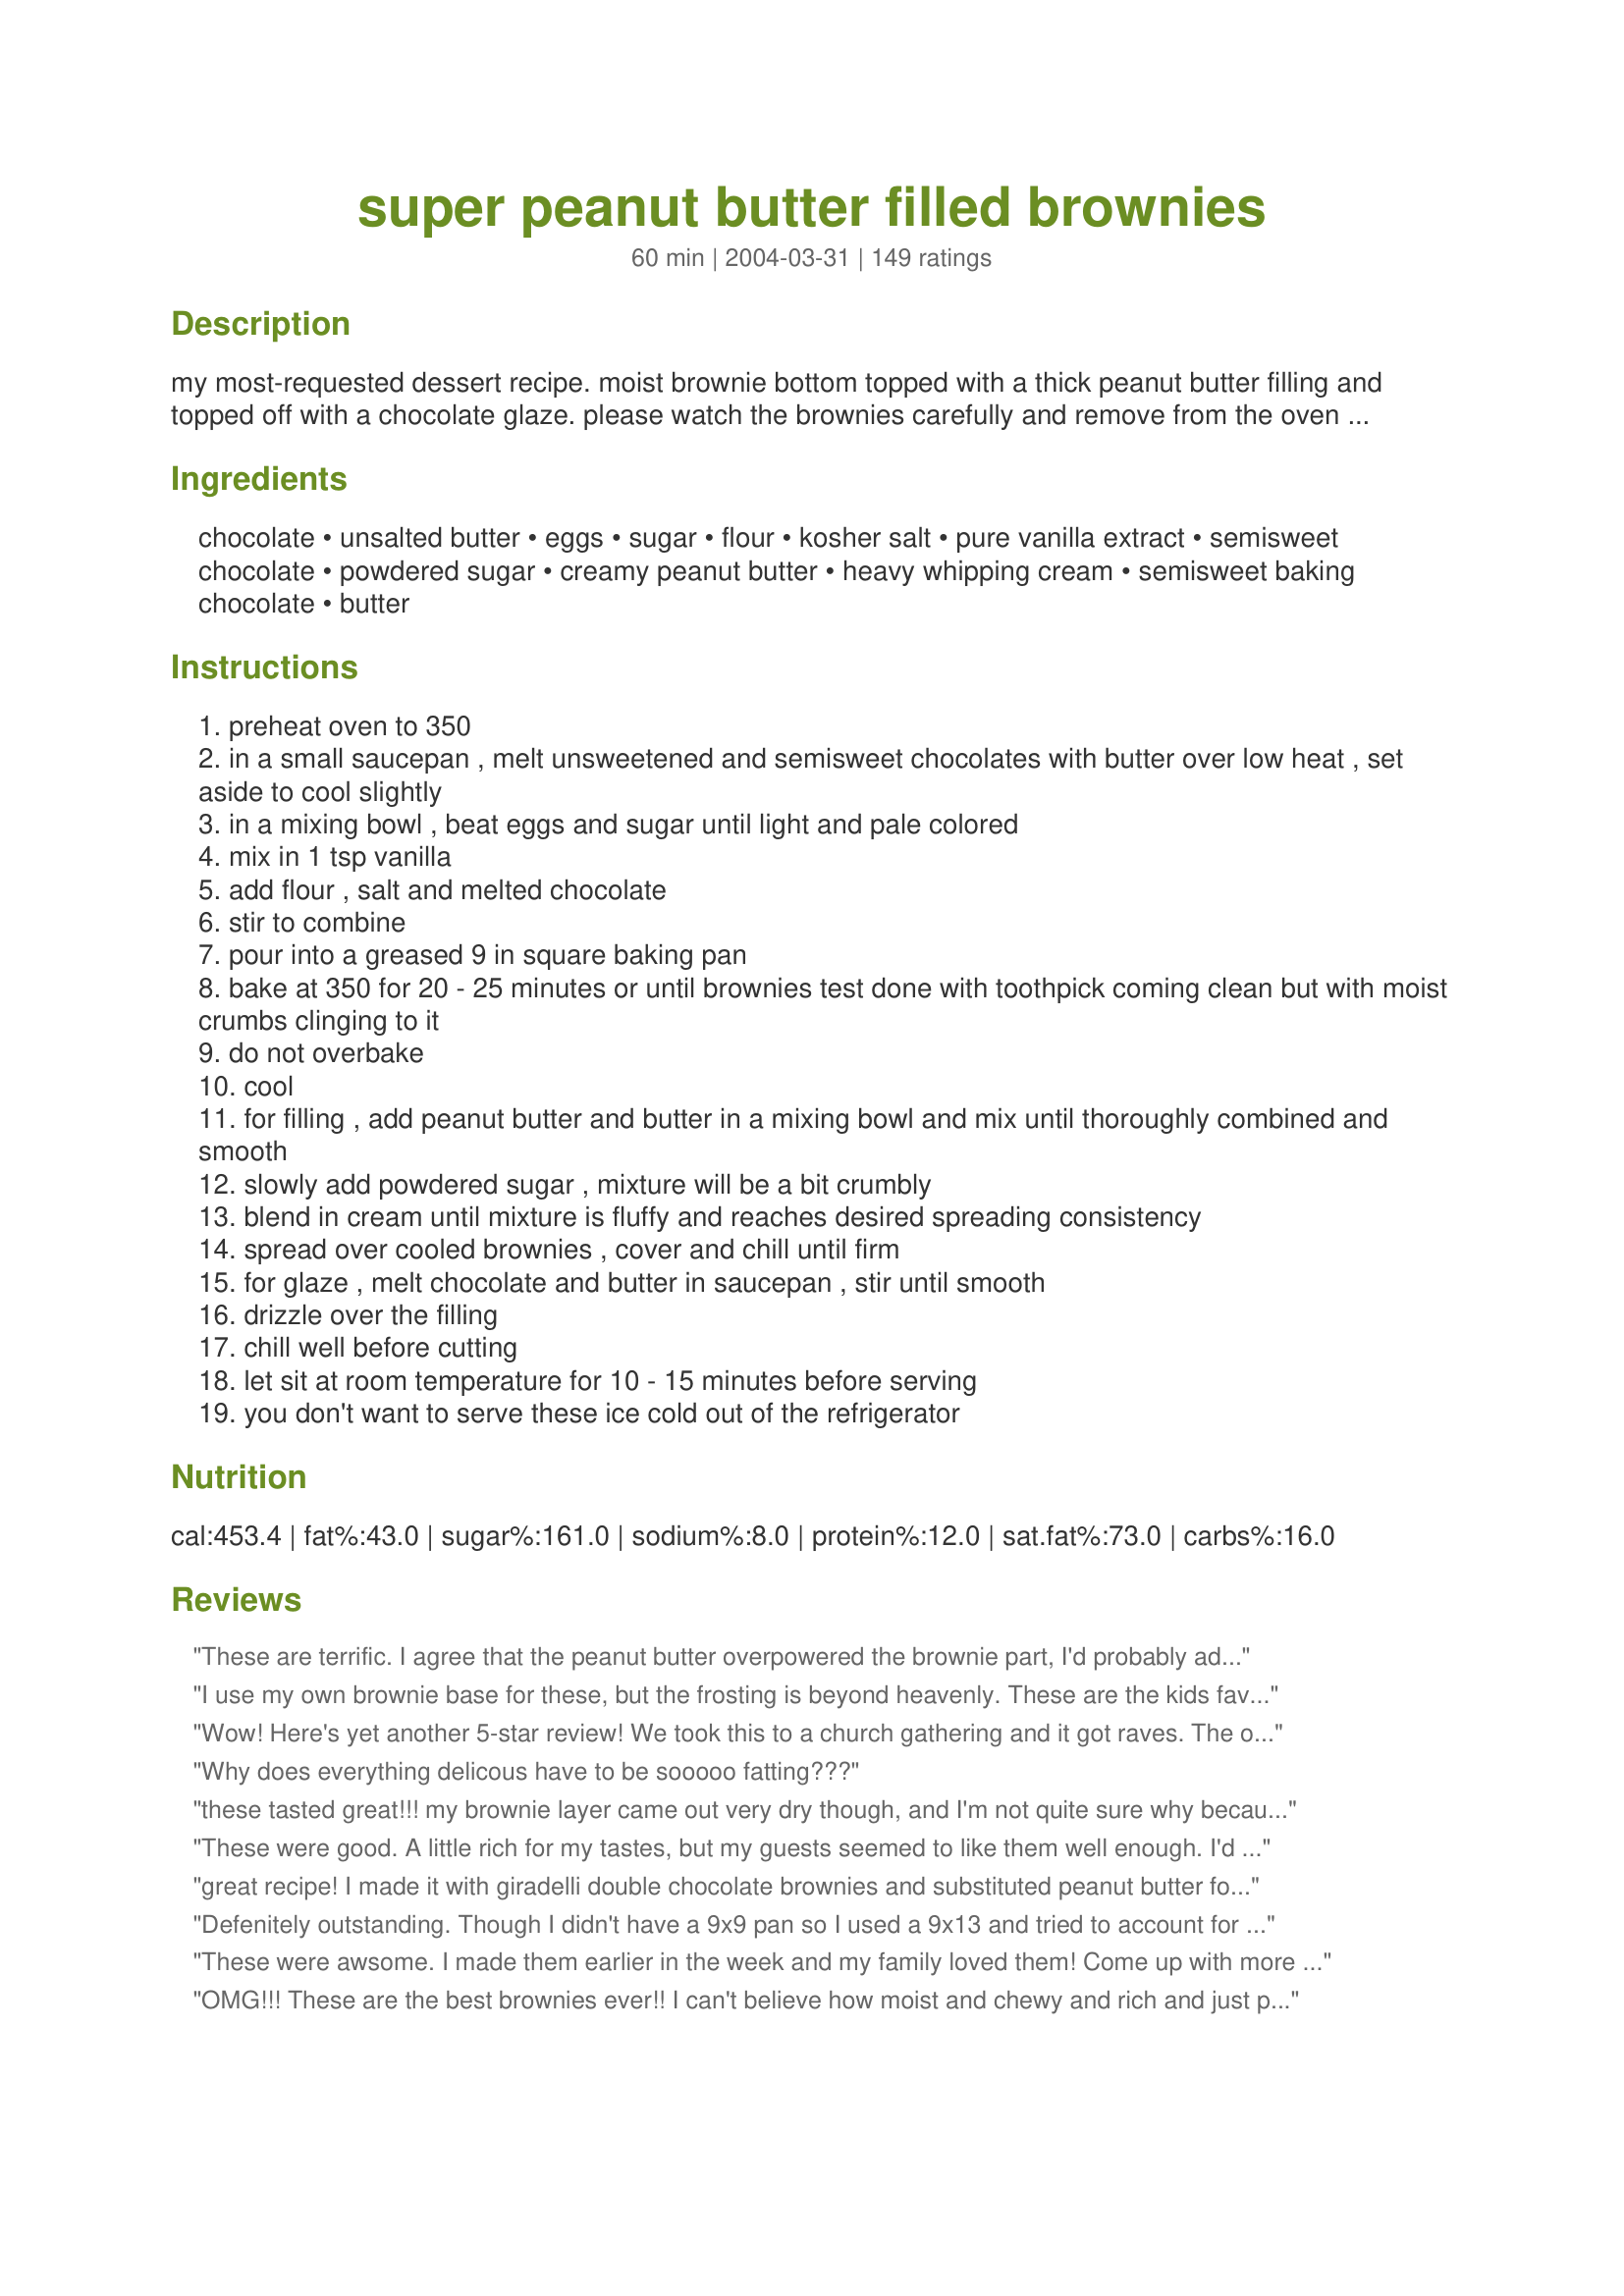
super peanut butter filled brownies
Preparation time: 60 minutes

my most-requested dessert recipe. moist brownie bottom topped with a thick peanut butter filling and topped off with a chocolate glaze. please watch the brownies carefully and remove from the oven when toothpick comes out with moist crumbs clinging to it. if your toothpick comes out completely clean then they are overbaked and you will end up with a "cake-like" brownie. glass pyrex baking pans have yielded the best results in my experience. note: this recipe doubles beautifully!

Ingredients:
chocolate, unsalted butter, eggs, sugar, flour, kosher salt, pure vanilla extract, semisweet chocolate, powdered sugar, creamy peanut butter, heavy whipping cream, semisweet baking chocolate, butter

Steps:
preheat oven to 350
in a small saucepan , melt unsweetened and semisweet chocolates with butter over low heat , set aside to cool slightly
in a mixing bowl , beat eggs and sugar until light and pale colored
mix in 1 tsp vanilla
add flour , salt and melted chocolate
stir to combine
pour into a greased 9 in square baking pan
bake at 350 for 20 - 25 minutes or until brownies test done with toothpick coming clean but with moist crumbs clinging to it
do not overbake
cool
for filling , add peanut butter and butter in a mixing bowl and mix until thoroughly combined and smooth
slowly add powdered sugar , mixture will be a bit crumbly
blend in cream until mixture is fluffy and reaches desired spreading consistency
spread over cooled brownies , cover and chill until firm
for glaze , melt chocolate and butter in saucepan , stir until smooth
drizzle over the filling
chill well before cutting
let sit at room temperature for 10 - 15 minutes before serving
you don't want to serve these ice cold out of the refrigerator

Reviews:
These are terrific. I agree that the peanut butter overpowered the brownie part, I'd probably add a little more chocolate to the brownie base and maybe even double the brownie recipe so that it plays a more prominent role in the dessert, but the peanut butter filling is divine! It's very rich! Thanks for sharing.
I use my own brownie base for these, but the frosting is beyond heavenly. These are the kids favorites and all their friends beg me to make them since I found the recipe. I only discovered this recipe on here a month or so again and must have made them five or six times by now! Yes, they are sweet, but what do you expect of brownies topped with a high sugar frosting. If you don't have a sweet tooth, don't make them... and if you do... prepare to be blown away! Thank you for a fantastic recipe!
Wow! Here's yet another 5-star review! We took this to a church gathering and it got raves. The only change I made was to use 2% milk instead of cream.
Why does everything delicous have to be sooooo fatting???
these tasted great!!! my brownie layer came out very dry though, and I'm not quite sure why because I followed the recipe exactly and even took them out at 22 minutes as other reviewers suggested. the peanut butter layer came out creamy and spread over the brownie part very well. however, I think next time I would use a little bit less powdered sugar and more peanut butter because it was a little bit too sweet for our tastes. thank you so much for sharing!
These were good. A little rich for my tastes, but my guests seemed to like them well enough. I'd probably make them again, but it's not a recipe that will make it to my "favorites file."
great recipe! I made it with giradelli double chocolate brownies and substituted peanut butter for almond butter. it was delicious! thanks
Defenitely outstanding. Though I didn't have a 9x9 pan so I used a 9x13 and tried to account for the difference. Next time I'll have to add a little bit more of everything because both layers are so thin. But the taste is amazing and it's my lacking tiny college kid kitchen that is the problem! Not your recipe! Great!! Thanks for the recipe! =)
These were awsome. I made them earlier in the week and my family loved them! Come up with more great recipies please!
OMG!!! These are the best brownies ever!! I can't believe how moist and chewy and rich and just plain wonderful they are. I even doubled the recipe and it turned out just fine with only the change of about 1-2 tablespoons more flour in the brownie batter. I loved the peanut butter topping; it wasn't to sweet, and gave great presentation. Oh, and did I mention that these are super easy to make? Because they were done completely, cooking and all, it only about 45 minutes. Talk about a great "last minute" dessert! Well, I can't only say thank you for this great recipe now. I hope that you can come up with more! (Did you ever think of entering these brownies in a contest?)
These brownies are the hit of the party.
An easy recipe with outstanding results--they taste and look great. Brownies are usually boring. This recipe (with very good directions) jazzes them up alot, and most cooks should have all the ingredients on hand. Thanks, Shimmerchk!
Holy Smokes - I took this to work and everyone was tripping over their feet to get another brownie! A standard mixer definitely works to get the filling fluffy - I used half-n-half instead of cream. they are to die for! Thanks. Kathy K
What's another review after 107 right? But OMG are these ever good?? I eyed the recipe for 3 days and then finally made them. They're absolutely fabulously sinfully delicious :) I didn't have the patience for the chocolate drizzle step but they were awesome even without that. Will definitely be making again for those chocolate emergencies!
There is another recipe (or two) that are posted here on Food.com very similar. A fabulous pb brownie recipe!!! Very rich, so you don&#039;t need to cut them very big. Yum Yum!!!
Delicious! I made a few adjustments to suit the ol' sweet tooth. I used 3 ounces (squares) of semi-sweet chocolate and decreased the amount of sugar by 2 Tablespoons. For the peanut butter topping, I used 1 cup powdered sugar and 3T of cream. It turned out less fudgey and more like frosting. The brownies were very rich and taste wonderful with a scoop of Snickers icecream!
These have to be the most luscious, sinful brownies I have ever eaten. Something about the peanut butter filling on top, bu makes them totally TDF!!!!!!!!!! Wish I could give way more than 5*. Of course, it had to be good... chocolate and peanut butter is the best food combo ever. Thanks for a keeper that will appear often in my house.
I used chunky peanut butter for some added crunch. We loved these brownies at our holiday cookout!
These were GREAT. Very rich, but great.
OMG!!! These are AWESOME!!! They are more like candy than brownies. If you like reese's peanut butter cups, you will looovvveee these! Thanks for the recipe.
shimmerchk, you hardly need yet another 5-star review, but what the heck. This brownie is simply amazing. Wow. I am SO glad I doubled and baked in a 9"x13" pan. I used 3 T dutch-process cocoa plus 1 T shortening for each ounce of chocolate called for in the brownie, neufchatel cheese for the butter in the filling, and half semi-sweet chocolate, half butterscotch chips for the ganache lattice. A perfect confection. I'm so glad I have a stand mixer because it made the job of fluffing up the filling a piece of cake. Thanks so much for posting (or actually, maybe I shouldn't thank you but scold you instead for the havoc this will wreak on my waistline). :)
This one really earned its five stars! It was something a little different, and a very tasty treat for the kids and company alike! Even though it's baked in a small pan, it goes a long way. Because of its sweetness, a small portion is enough to hit the spot! It looks pretty arranged on a platter, too! Thanks, shimmerchk!
These are extremely tasty,love peanut butter and chocolate combinations.The only problem I had was with the brownie layer.I baked it for 25 minutes and tested it with a toothpick which came out clean.But once I went to cut them it was like the brownie was not cooked enough.I've had fudgy brownies before but this was not like that at all.It was sort of just a sugary-globby layer.I couldn't even cut them into squares.Don't get me wrong,the taste is still amazing.But when I make these again I think I will use a different recipe for the brownie.
I love the peanut butter frosting. It's delicious. the brownie part of it wasn't spectacular. I would have preferred a box brownie. I haven't actually added my frosting yet because the brownies are still cooling but my first bite of the brownie definitely had that unsweetened chocolate taste. I'm hoping when I add the frosting they will compliment each other nicely.
I doubled this recipe to take to work, and how could anyone NOT like this recipe with all the butter involved! It was good, but in my opinion, not "fantastic", but maybe that is because after reading all of the great reviews I had very high expectations. I will try this again sometime to see if I was just in a bad mood :)
20 star recipe...rich and creamy just the best....
These were delicious and rich - the peanut butter topping was so good I had to restrain myself from eating it instead of putting it on the brownie!<br/>One thing I did find with it, and the reason I'm giving it four instead of five stars, was that the brownie part was tricky. It stuck to my pan like superglue the first time, despite the pan being greased, and even when I did it with parchment paper the second time it was still sticky. I also had to bake it for 30 minutes or so (definitely past what they said) because though the recipe warns not to overbake, mine was still gooey inside at 25 minutes. Otherwise, the taste is amazing.
You need to be ashamed of yourself for posting this. This is obviously recipe theft - this brownie recipe was clearly created by God himself for when they run out of nectar in heaven. Honestly - these should be illegal in all states without first joining a peanut butter brownie twelve step program in order to stop yourself from eating them until you actually BECOME a peanut butter brownie. Sinful. Evil. Terribly uneven I might add - my son and husband were continuously having to "even up" the pan by slicing some more brownie off.
Bogey'sMom is right - these oughta be illegal! The brownies are moist, and the peanut butter filling is to die for - rich and fluffy, with a good balance between the saltiness of the peanut butter and the sweetness of the sugar. And they're oh, so rich. I consider myself a chocoholic of the first order, and one of these goodies was enough for me. I'll be making these again - thanks for posting!
This is a decent, rich dessert. I love sweets, but this was even too much for me. A little goes a long way here. I did use the 3 tbsp of cream and think that I should have only used 2 because the pb filling didn't set very well. I've had this in the house for about a week now, and it is not getting consumed. That is very rare around here, so I don't think I will be making this again.
TO DIE FOR!!!!!! There's soooo much peanut butter topping, I love it! There is more peanut butter than base so you must be a peanut butter lover to like this. yummmyyyy...
These were easier to make than the recipe makes it sound. Very, Very rich. All I could handle was a small piece but the kids went nuts over them. This is a moister fudge-like brownie rather than a cake-like brownie. I suppose the filling would be good on any brownie if you prefered to substitute the brownie part for another recipe.
My brownie recipients loved this! I made this for my co-workers who raved about these and I got many requests for this recipe. This was my first time making "homemade" brownies. The peanut butter filling did not whip up to a full thickness and was not airy or fluffy as I thought it would be and I did use an electric mixer. The filling was more of a fudge-like consistancy or like the consistancy of thick icing on a donut. Next time, I may cut back a bit on the powdered sugar and add a bit more peanut butter and cream. Overall, the flavor was sinfully delicious!
These are very yummy. I made them for a pot luck, and they flew off the plate. I used cocoa and butter instead of unsweetened chocolate, because that is what i had. Just mix 3 teaspoons cocoa powder with 1 table spoon butter, and it is equal to 1 square of unsweetened chocolate. The peanut butter topping is good enough to eat along according to my wife.
I'm on a peanut-butter and chocolate kick right now and these totally satisfied the cravings!
Amazing!
I, personally, thought these were too sweet. I followed the recipe exactly. However, everyone that ate them raved about how divine they were. I'm much more of a traditional brownie girl though.
Deliciously rich brownies! Wow! These were great! The peanut butter filling tastes like peanut butter balls that I make for CHRISTmas. This is going straight into our best tried recipes! Thank you for sharing such a great recipe!
These brownies were very moist and delicious. Peanut butter was the overall dominant flavor with a hint of chocolate coming through. We couldn't wait for the frosting to cool so we tried some of these before they were chilled. We found that we liked them better with the firmer frosting as noted in the instructions.
These are amazing. Everytime I've made them, people request for me to make more. I made them at a work function and my boss sent an email to the department demanding the recipe, not knowing I had made them. They are delish.

Thanks for posting!
Wow, what a rich decadent dessert. I printed this recipe out a long time ago and just now got around to making it. What a mistake. This was fantastic. My family devoured these, although one piece was enough per sitting. Rich rich rich. Thank you for sharing with us, they are delicious brownies.
Delicious, moist brownies with peanut butter fudge-type frosting!! What else do I need to say??? I took these to work and people were just inhaling them and asking for the recipe! I made a double batch and used a 9x13 pan, baking them 22 minutes. I didn't have the unsweetened bar chocolate so I used the "recipe" on the back of the Hershey can to make my own unsweetened and semi-sweet chocolate as another poster suggested. I plan to make another double batch this weekend for Memorial Day. Thanks for sharing this awesome recipe!! Carol
I cheated and used a boxed brownie mix and these were still outrageously good. Make sure you cool the brownie part completely before you layer on the peanut butter layer. Thanks so much for sharing.
Just made these and they are really good,will make again.
I made this today and the results were divine. I didn't make the brownies with this recipe though, as I am convinced my own is the best! ;-) But I did top my brownie base with the peanut filling and glaze. I doubled the recipe, as my brownies are made in a 9x13 pan and it worked fine. These were a huge hit and will be making again for sure!!!
One of the best recipes I have ever found on the Zaar
this has got to be one of the best things i've made in a long time! Per other reviews, I made my own brownie bottom (cocoa brownie for 13x9 pan) and then doubled the peanut butter topping. The topping was absolutely the best thing ever - I could not stop eating it! I would definitly and WILL definitely make this again!
Delicious!!!
These are so delicious! My daughter and I made them the other day, and they turned out wonderful! I did not get my filling very tall, but still outstanding!
These were amazing!! I love to bake for my family, and my brother, (age 22) raved about these! And to get his 'approval' means you did something right!! :) Thanks for sharing!
OMG...these were absolutely heavenly!!! I followed the recipe exactly and they came out perfect. I've already made these brownies twice in one week and I can't wait to make them again!!!! Thanks for sharing such a delicious and addictive recipe!
These are incredible and sooo addicting! I didn't whip the peanut butter topping so the topping was a little more dense but it turned out to be fantastic and reminded me of a reeses pb cup! I made them a second time and cut them into squares and then individually glazed all sides of each square with melted chocolate on a cooling tray....yum!!! Thanks for a fantastic recipe!
I added nuts to the peanut butter topping in ours and they were delicious!
*sigh* This is just... wonderful. Decadently delicious. Makes you want to write poetry in honour of these brownies. Or sing. But most likely you will just sigh and moan as you're too busy stuffing yourself silly with these! Used all semisweet chocolate as I didn't have unsweetened chocolate, and decreased sugar accordingly (1 ounce unsweetened = 1 ounce semisweet minus 1 tablespoon sugar). Yum.
Initially, I agreed with Bogey'smom until I decided the brownies are a conspiracy. They want you to do nothing but sit and eat them so they can take over the world. Wow! These are so delicious. They will be made often!
These deserve a 10 star review...they are the richest most decadent brownie I have ever eaten. SO good, so good, so good, even for breakfast...
These were great just like everyone said, and I thought it was pretty easy to throw together...my only problem was I didn't plan for enough cooling time--makes cutting them a little messy but they still tasted great!
I haven't even tried the finished product yet - just the individual mixtures... and YUM! I don't think it will disappoint. Just waiting for them to chill. Thank you!
This is heaven for those of us who are addicted to chocolate and peanut butter! I didn't bother to chill mine, because I wanted the peanut butter topping to stay nice and soft and fluffy. Thanks so much for a great recipe.
These were fabulous, there are no other words to describe them. I didn't want to share them..LOL.
thanks so much
My office really liked this recipe but I found it a too sweet. Will try it again later with less sugar and rate it at that time. Thank you for sharing.
Ridiculously delicous! One of my friends ate six of them and my boyfriend was so mad that he didn't even get one!
I kind of cheated....I used a brownie mix for the base and then made the filling to go on top. Must say these are fabulous!!! Definite 5 stars!!
These were the best brownies that I have ever made. Im glad that I thought ahead and doubled it and put it in a 9x13 pan or my kids might not have gotten any! I didnt have any cream for the filling but evaporated milk worked just great. Thanks!
freakin amazing! I used all bittersweet chocolate because I didnt make a list when I went to the store and im kinda forgetful but I did remember 2 1/2 oz of chocolate either way it didnt matter it was super awesome, thanks
This is a GREAT recipe. They are very rich but the best dessert. This is definitely a recipe for a large group, because a little bit goes a loooooong way.
Brownies were awesomely sinful and yummy! brought it to school and everyone loved it. however the peanut butter filling was a tad too sweet for my taste even though i had already reduced it to 1 cup sugar(i recommend to reduce the sugar if u dont have a sweet tooth). but my friends still loved it so thumbs up for this great recipe!
I took these to an office party and my co-workers said they were like crack. These are one of the best things I've ever made! This is a small recipe though, and I'd probably double it in the future.
Made these for my husband to take to work. Turned out great. Instead of the glaze on top I just used some chocolate sprinkles. Very easy and quick to throw together.
Please allow me to add my praises for this wonderfully delicious and moist brownie recipe. Made a single batch for 4 adults coming to visit, should have doubled it as the brownies disappeared from the plate so fast and received nothing but raves from all. Will be making these often during this holiday season. Thank You for sharing this wonderful recipe it is greatly appreciated.
These are WAY rich but so good! My husband went crazy over them. Thanks for posting such a yummy treat. Next time I make them, I'll probably reduce the peanut butter topping. It was delicious but I didn't need all of that. Less would be just as good and less rich. Maybe that's a bad thing....I'd be eating more at once!
Over the top brownies all the way! We loved them! I added walnuts to the brownie batter and they couldn't have been any better!
Excellent! The prosecuting attorney at work has declared them illegal. I will definitely make them again.
Surerb! These brownies deserve all the praise they are getting, just check the picture! The peanut butter layer is exceptional, really fluffy and sweet. In fact, it might be an idea for us to reduce the powdered sugar down to 1 1/4 cups and maybe reduce the cream accordingly as well. Absolute bliss!
OK, now I can get over the unavailability of peanut butter cups here in Greece, just by making these awesome brownies! Because we can't get unsweetened chocolate, I cut the sugar in the main recipe back to 3/4 cup. Next time, I may be tempted to add slightly more chocolate. The peanut butter filling is simply awesome, and sugar can be cut back there as well (I used 1 cup). I may have got less filling, but it had a more pronounced peanut flavour and was less sweet. I really can't tell you how lovely these are. I made them for my Proficiency class at school and tomorrow I have been requested to bring translations of the recipe. Thank you, shimmerck, for making me look so good.
Made these yesterday and they turned out fabulous. I baked the brownies for 20 minutes exactly and they are very moist. The creamy topping is delicious. I dressed them up with coloured M&M's instead of drizzling them with chocolate. I just clustered 3 on each square. Everyone loved them. Thanks for a great recipe!
I made these for an office birthday party, and they were a big hit. Since I love peanut butter and chocolate, I added peanut butter chips to the brownie batter for a little extra peanut flavor.
Holy Chocolate Peanut Butter Heaven! These made me cry in the kitchen sink. This is only my third recipe review. Although I have made many recipes from this site, I am reviewing this because it is a standout among the standouts. This recipe is far and away the best chocolate peanut butter combination I have ever made. My entire household of 8 (including one son who only eats about 10 things) loved these, they were devoured in no time and I had several requests for a remake immediately without hesitation, please (which I happily did). The only change I made the second time was in the glaze. I had some trouble the first time cutting through the chocolate drizzle without it breaking up into unattractively random pieces, so the second time I drizzled the chocolate glaze in small blobbish areas for each bar, leaving paths in between for cutting. Had the same wonderful bars the second time, but looked a bit more attractive. I served them chilled, which everyone loved. For a party or gift I may cut them first, then drizzle them individually. Cannot give more than 5 stars, but everyone in my huge household would give much more if it were possible. Thank you, Shimmerchk, for this wonderful addition to our family favorites.
What a great recipe. I baked it in a 10 inch pie plate so it could be like a sinfully rich, outstanding peanutbutter brownie pie. This dessert is easy but tastes like it could be served in the greatest restaurant. I agree that the brownie/pie should be served at room temperature. No other changes were necessary. Thanks for sharing!
5-stars all the way! I couldn't find my 9" brownie pan so I baked them in an 8" square pan and all was well. The 8" pan worked fine.
I love PB & chocolate together and after seeing your pictures of these over in EE I could not resist! They did not disappoint! And I made them with the original recipe,as I did not see your suggested revisions until after I made them. Also once I got to my cupboard I discovered I only had one unsweetened chocolate square and NO semi-sweet, so I had to sub the one square for the base with 3 tbsp. cocoa + 1 tbsp. of butter which was the substitution reccomended on my can of cocoa. For the drizzle over top I had to melt semi sweet choc. chips with butter. The brownie layer was moist & fudgy and the peanut butter layer was just yummy! And they look great too! I will certainly be making them again and will try with your suggestions once they are posted! Thanks, Shimmerchk!:)
OMG aweso me! They were a hit with the other teachers. "A bite of heaven" they said. Do not skimp on the powdered sugar. A thicker PB mix on top retains its shape better and no worries about it being too sweet due to to the use of the unsweetened chocolate.
oh my god these are really sinful.Though i must admit my brownie turned out hard i wonder why i guess the chocolate i used was a little old.But rest i stuck to the recipe.But as for the drizzle frosting i added a little hot water to it as i found the mixture too thick & not free flowing & as i have done a professional baking course i knew it will be good & it did set well.Thanks for this keeper will make it again.I should admit i do get confused coverting ounces to grams as here in India everything is sold by the gram.But my hubby just loves anything i bake -guess thats what a good husband is for!And mine is really sweet!
Doubled this recipe and used a 9x13 pyrex. Took them to a party at work. Everyone raved over the peanut butter topping.
These were really fantastic! I made them for a big family party with a bunch of other desserts from here and these were very popular. A bunch of the girls wanted the recipe! I'll be making them again.
These are amazing, and relativly easy to make, I recomend them compleatly, everyone in my college dorm went nutsw over them and started calling them heaven.
These brownies are so morish! However I haven't made the filling and glaze because they are quite sweet already, they don't need it and once when I made them I put coffee butter cream over them and it masked the delicious taste. These are proper gooey melt in your mouth brownies and everyone I've given them to raved about them. I also love the fact that they don't use that much chocolate compared to alot of recipes and yet the flavor is still very chocolaty - that can be a bad thing though because it means you can make more and more batches without running out of chocolate.
Perfect in every way!
This brownies are killer-literally! I just made these brownies for a social gathering, and a lady with diabetes told me that since everyone had been raving so much about the brownies and bugging me for the recipe, she HAD to try one~and then, because it was so good, she HAD to have another! I used the "one-bowl brownies" recipe on the back of the Baker's unsweetened chocolate box since they are by far the easiest and best brownies I've ever had. I also increased the amount of cream to 1/2 cup and decreased the powdered sugar to 2&1/2 cups and beat the mixture for a really long time-this made the peanut butter mixture more like a frosting than a fudge. I used greased tin foil to line the baking pan so that I could just lift the brownies out to cut them. I also put the chocolate chips and butter into a ziplock and popped them in the microwave and nuked them for about 30 seconds to a minute, pulling them out of the microwave every 10 seconds to squish the bag up until they were melted. Then, just snip a tiny hole in the bottom corner of the ziplock and use it as a disposable decorating piper.
There is nothing else to say other than these are wonderful. I second everything that the other reviewers said. I wish I could give you more than 5 stars. :-) I did double this recipe and it came out perfectly. I only added about 5 minutes to the cooking time for the brownie mixture and it was just right. Big hit with the guys at work! Thanks so much Schimmerchk.
Hugs,
Susie
WOW!...these brownies are a real winner...I made them today, and I will be making a second batch to take over to my neibours house tonight, they are simply sinfully wonderful! This is one of those recipes that you wish you could give more than 5 stars! made just as stated, I baked mine for 22 minutes, as I did not want to overbake the brownies, and added an extra one ounce square of chocolate to the brownie mixture for a deeper chocolate flavor... this is a very moist chocolate brownie with a delicious creamy peanut butter topping, drizzled with chocolate on top...just too good for words, thanks so much Shimmerchk for this wonderful recipe, another winner!....KC :-)
DH loved these. But then he loves anything with peanut butter and chocolate.
I had excellent results!

I used another recipe for the base brownies, an unsweetened cocoa base one, since I had the ingredients for that on hand. I picked up this recipe when it got to the filling and glaze....sinful. What a fabulous end result. Thank you!
These were amazing
The very best brownies ever, hands down! Thank you, thank you, thank you for posting!
Yet another 5 stars! I doubled the brownie recipe, but forgot to double the peanut butter filling. We really liked it that way though and will do it like that again next time. It is so addictive!
OMG are these good!! I made these with my kids last night, and they turned out so yummy. Thank you for this recipe!! I am sure we will be making it again.
I personally did not like these but it still gets good marks from me due to the fact that my dislike was because other than peanut sauces for Thai food, I'm not a big fan of peanut butter types of food. It was an easy recipe to follow and those that like peanut butter really enjoyed them. I would reccomend this recipe to anyone who thinks that peanut butter brownie sounds good to.
Thank you so much for sharing this recipe. These brownies are the B-E-S-T!!! I made them for our Bunco night and everyone begged for the recipe. Try them, they are fabulous. I did cheat. I doubled the recipe so I used a Family Size brownie mix. They turned out great. Watch the brownies to make sure they dont over bake, thats one reason why they are so good, the brownies are so chewy.
These are really great. If you like peanut butter and chocolate you will love these. We will make them often.
Oh, my! Those are some incredible brownies! The peanut butter filling tastes like the center of a Buckeye Ball candy or a Reese&#039;s. Chocolate and peanut butter, how can you go wrong? Made these without the mixer and they turned out fine and much less mess to clean up. It was hard to get the filling on the brownie because everyone wanted to keep &quot;taste testing&quot; the filling! Thanks for posting!
OMG!!! These are the BEST brownies EVER! It is definitely an injustice to society if you do not make these for someone!
This is possibly the best thing I have EVER made in my life. These brownies are pure decadence & they are worth EVERY single calorie. They were not difficult to make at all, but even if they were, I'd make them again. If you love peanut butter & chocolate (I suppose there are a few folks out there that don't), you MUST try these!
These brownies couldn't be any better! If you love chocolate and peanut butter, then you have to TRY THESE!!! What a full flavored brownie!
I've never made brownies from scratch and I did IT! This recipe was great. I loved these treats and my dinner guests did too. After I served them I kept the leftovers in the fridge and they tasted great eaten cold.
Very good dessert. A little more involved than a simple brownie or a cake, but nice for a change. I had to cook my brownies about 27 minutes - I started checking at 20 minutes, and they were still really wet. I also had to add closer to 6 T of the cream to get the peanut butter filling to be "whipped".
These brownies were chewy, rich and yummy....
Absolutely divine! Made exactly as written, except I found they were perhaps even better when slightly warm after having been in a hot car for an hour!
I doubled this recipe to take to a friend's house for a party. I made the recipe as is, but I topped it with chopped peanuts (unsalted) before piping the chocolate on out of a bag. They came out perfectly. They are extremely rich. My husband says they remind him of the Peanut Butter Cup pie at Perkin's. I agree! The PB filling would make an excellent PB pie inside a pre-made chocolate crust. Yum! Regardless, this recipe was worth the time and all the steps: Decadent, delicious, and aesthetically appealing. Thanks shimmerchk!!
My husband called me from work to tell me that he is mad at me because I only gave him one for his dinner, I told him i thought he was on a diet, and he said he is, but that they are amazing. My daughter loves them, and I would have liked the brownie to be a tad bit sweeter, but I know I will be making these again. Btw, I haven't even had a chance to make the glaze for the top.
Wow my eyes rolled into the back of my head from the first bite of these wonderful brownies. These are the best brownies I have ever had!!
i can't rate these high enough. we ate them in 1 day and my family is asking when i'm making them again, i told them tomorrow.
These are addictive. The only thing I changed was to reduce the powdered sugar to slightly less than 1 cup, as I thought the peanut butter would be sweet enough, so my peanut butter filling wasn't as high, but they were still good :D Thanks so much!
peanut butter + chocolate = win
Absolutely marvelous!Based on some of the reviews that I read I had to make these, and I'm so glad that I did. These are a must try on Zaar, one of the best IMHO--I'm now giving the songbirds outside of my window some competition.Oh happy day. I cooked these for 22 mins, but depending on your taste 25 mins prob would have been ok, too. I did run a knife thru the chocolate topping in a tic tac toe pattern after I drizzled it on the brownies and that looked pretty good. These really came together easily, I just did everything in stages including making the peanut butter frosting first which seemed to help the process. Really Big Thanks, PeggyLynn
Tried this recipe tonight. It was very rich and sweet. Would use again on top of (boxed) brownie mix. A great dessert for an extreme sweet tooth.
omg....this are the easiest and best peanut butter brownies ever.....i did change some things.....i used a brownie mix (followed directions for the cake like brownies in a 13X9 pan......cooled brownies doubled (yes doubled the peanut butter filling and put a ganache topping over the peanut butter filling......my co-workers thought they died and went to heaven......my son asked for these for st pats day so making them the way i always do cutting into squares and topping w/a andes mint (for the isish in me:)..lol...truely a keeper recipe thanks......
Wow, wow, wow! In keeping with my philosophy that nothing can ever be too chocolatey or too rich, these brownines are THAT GOOD! A keeper for sure--these ROCK!
These are very good. I substituted shortening for the butter because I didn't have any in the house. I don't think it affected the taste of the brownies at all. I think the PB layer whipped up extra fluffy because of it and I knew from prior experience that shortening melts much smoother for glazes than butter or margarine. I also substituted cocoa and shortening for the unsweetened chocolate (3 T cocoa and 1 T of shortening per oz) and also for the semisweet chocolate, adding 1 T sugar per oz. Even with all of these substitutions the brownies turned out very good. Thanks for posting!
My family LOVED THESE BROWNIES!! The only suggestion is to use more cream for the filling, because mine came out more like fudge than a filling, although it didn't matter, they were still gobbled up. I will make these AGAIN AND AGAIN!!
If you are a peanut butter and chocolate fan, you'll love this recipe. It is too good. I followed the recipe exactly and my brownies were perfect. Thank you!
Not going to actually rate this recipe since I didn't think about the ingredients until after the fact. For me and my hubby, we thought the peanut butter layer had a horrible aftertaste. It wasn't until AFTER I had tasted them that I realized (duh!) that this was not a recipe for me since I detest butter cream frosting. Hadn't had any frosting like that in quite awhile so... (facepalm) First time I let the reviews guide me rather than paying attention to the ingredients. People who love butter cream frosting will probably think this is to die for.
I decided to make these for my husband and the rest of his firedepartment coworkers at work one night. Well, I got a phone call telling me that they loved to hate me. They LOVED the desert and there was none left, but I made it super hard for them to be motivated to go work out on the treadmill afterwards! lol! I doubled the recipe so I had some at home for myself as well and it worked out great. I didn't have unsweetened chocolate, so I used cocoa powder mixed with butter (like it says on the cocoa container) and it still turned out beautifully. I even made some pretty flower designs out of the glaze on top! I was so proud of myself! Excellent recipe! The firehall boys give it 5 stars!
If you are watching your weight, these are NOT for you. If you love purely delicious, sinful food...you MUST make these. I took them to work yesterday and I've never seen my co-workers go so crazy for food. Absolutely scrumptious.
YUM!!!!!!! You just cant go wrong with this combination. Definitely a keeper. And I do find them a bit better slightly chilled. Thanks for the delicious recipe.
Yum Yum Yum! We all enjoyed this delicious treat. The brownies tasted even better the second day, after they had softened. We, however, did not use the same glaze as the recipe suggested. We made a simple ganache of melted choc. chips and cream that we poured over the top of the peanut butter. Very rich, a little piece goes a long way. Definetly a recipe we will be using in the future. Thanx.
PB overpowered the taste of brownies, my brownies were cakey. I use 1 T milk instead of 2-3T of cream. These are a nice change of brownie recipe especially for PB lovers out there
Yum! These are so good, I didn't have any unsweetened chocolate just semisweet so I adjusted the sugar accordingly and it turned out great, thanks! I also doubled the glaze.
These are insanely good! I love them, and I don't even like peanut butter. These brownies are the one and only exception. My family keeps asking for them.
To quote my 9 year old son, "These rock!".
This was very good. Our family loves anything chocolate and peanut butter. I partially made this recipe because the peanut butter filling looked so pretty. Unfortunately, mine didn't come out looking like that either time I made it -- first with a food processor and the second time with a hand mixer. Any of you experienced cooks want to share any secrets how yours came out fluffy? I live where it's very hot and humid, so would that make a difference? Otherwise, I followed the instructions to a "t" and they came out great.
Oh man, these are better than peanut butter cup candies--the filling is so smooth! My one change was to make more of the chocolate topping...a LOT more...I mean, why drizzle when you can COVER?! I also liked the look of them better. And I seriously doubt the flavor was harmed!
These are so great!! Love the fluffy peanut butter filling. Thanks for the recipe.
OMG - this is one of those 2 die for recipes !! YUMMO !! Can I quickly add that the 3rd time I made this - I forgot to add the butter to the chocolate for the base. The result was this deeeeevine meringue like base - will never add the butter again :)
Made these as directed and they are unbelievable! I really woudn't change a thing about this recipe. The directions were great too! Thanks for posting! :)
These are very yummy. I didn't give it 5 stars because it does take more effort to make the filling and glaze. I'll be keeping this recipe.
Wowwie Kazowee! What more can be said except, gimme more, More MOREEEEEEEEEE!!!! I did add walnuts in with the batter but otherwise followed the recipe to a T. Gosh, are these ever sinful is right! Thanks!
These were good, but turned out more cake-like than brownie-like, which wasn't quite what I wanted. I used milk in the filling instead of cream and it still turned out well, but I had to add right much because it seemed too dry. But my chocolate-loving mom gave them two thumbs up!
This is amazing! The peanut butter topping could be used for so many different things! I should have let the glaze cool down a bit more before drizzling to get a better design like in the pictures :). It would look really polished if you glaze after cutting into squares.
I've been wanting to make this recipe forever and so glad I did! I brought this to a buffet at work and everyone loved it. Very easy recipe and it turned out great
thanks for posting

Tried natural PB for the filling and it didn&#039;t work. Tasted great anyways. Very sweet.
Really good, fudgey, moist. Kind of like a Reese's cup brownie, you know? Delicious!
These were awesome!
These are absolutely amazing! I made two substitutions (just so I didn't have to run to the store) - I used semi-sweet chocolate in place of the unsweetened & I used skim milk in place of the cream. It does take a fair bit of time to prepare because you have to cool the brownies & then chill the filling but they are so worth the wait!
These are TO DIE FOR!!! I made them in an 8in. since I didn\\\'t have a 9in pan. I didn\\\'t change a thing and they were fabulous! the entire family loved them. This recipe moved to the top of my recipe box! thank you very much for posting it.
Have made these twice now...they are fantastic!
The first time, I did overbake them...they were kind of dry but had a great fudgy flavor. Second time they came out perfect. And the filling...YUM! Took a batch to work and they got scarfed up quickly...rave reviews from everyone there too!!
I took these to work and I quote from every person that tried them "these are little pieces of delightful heaven" ! :) So great. One of the easiest brownie recipes I have made (and I love baking brownies) and also great because it is very minimal ingredients. BEST BROWNIES EVER! I plan on making for thanksgiving this year. 11/2010
I made these based on the picture and all the raving reviews and, boy oh boy, am I glad I did. I used cream cheese instead of butter in the filling and my wonderfully picky DH loved them and he doesn't like sweets much at all! Thanks for the wonderful posting.
These are delicious! I made these exactly as directed and the whole family loved them! Thanks for posting!
